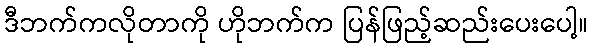
ဒီဘက်ကလိုတာကို ဟိုဘက်က ပြန်ဖြည့်ဆည်းပေးပေါ့။